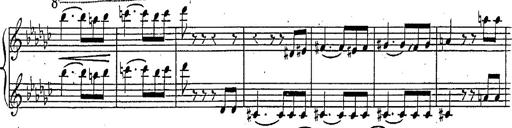
Title: Marche et Cavatine de Lucie de Lammermoor, S.398
Composer: Franz Liszt